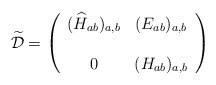
\begin{align*}{\mathcal{\widetilde D}}=\left(\begin{array}{cc}(\widehat{H}_{ab})_{a,b} &(E_{ab})_{a,b}\\ \\0&({H}_{ab})_{a,b}\end{array}\right)\end{align*}